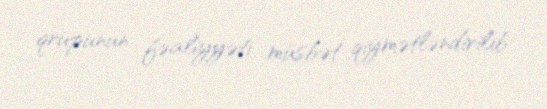
qrupunun fəaliyyəti müsbət qiymətləndirilib.